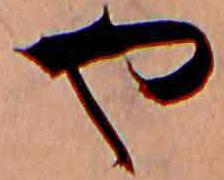
や